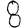
Digit: 8